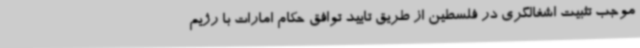
موجب تثبیت اشغالگری در فلسطین از طریق تایید توافق حکام امارات با رژیم